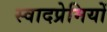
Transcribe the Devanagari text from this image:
स्वादप्रेमियों